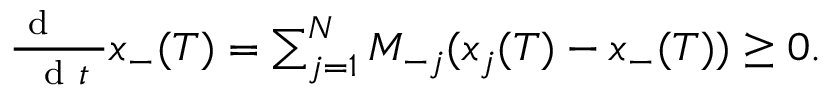
\begin{array} { r } { \frac { \mathrm { ~ d ~ \, ~ \, ~ } } { \mathrm { ~ d ~ } t } x _ { - } ( T ) = \sum _ { j = 1 } ^ { N } M _ { - j } ( x _ { j } ( T ) - x _ { - } ( T ) ) \geq 0 . } \end{array}